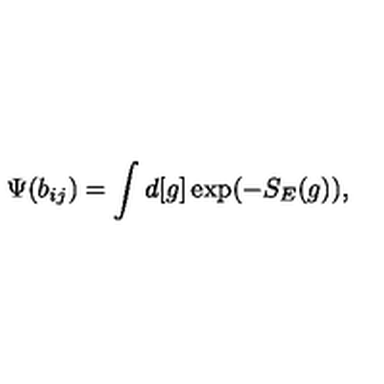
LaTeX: \Psi ( b _ { i j } ) = \int d [ g ] \exp ( - S _ { E } ( g ) ) ,